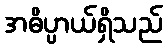
အဓိပ္ပာယ်ရှိသည်